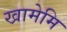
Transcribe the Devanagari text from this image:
खामेमि